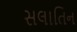
સલાતિન